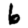
Digit: 6